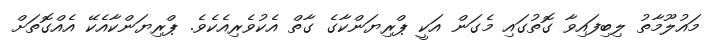
މައުލޫމާތު ލިބިފައިވާ ގޮތުގައި މެގަން އަކީ ޕްރިޔަންކާގެ ގާތް އެކުވެރިއެކެވެ. ޕްރިޔަންކާއެކޭ އެއްގޮތަށް